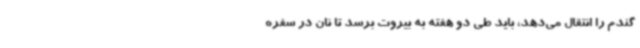
گندم را انتقال می‌دهد، باید طی دو هفته به بیروت برسد تا نان در سفره